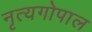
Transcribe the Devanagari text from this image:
नृत्यगोपाल